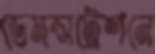
ডেমন্সট্রেশনে